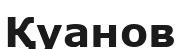
Қуанов